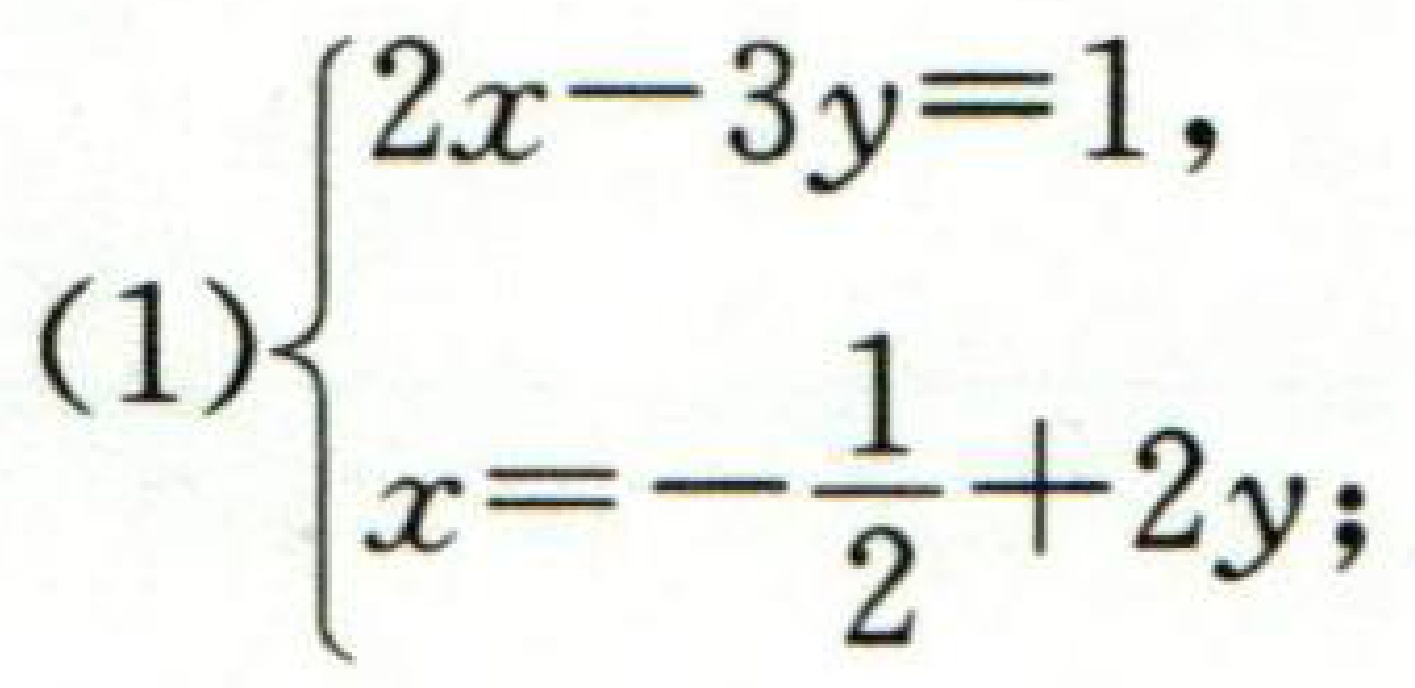
\[(1)\begin{cases}
2x - 3y = 1,\\
x=-\frac{1}{2}+2y;
\end{cases}\]